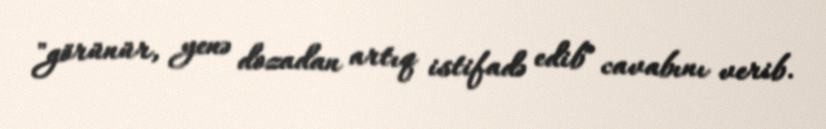
"görünür, yenə dozadan artıq istifadə edib" cavabını verib.